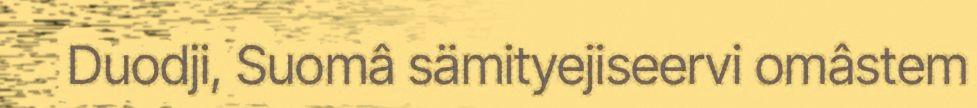
Duodji, Suomâ sämityejiseervi omâstem